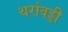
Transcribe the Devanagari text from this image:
थर्रावड्डी